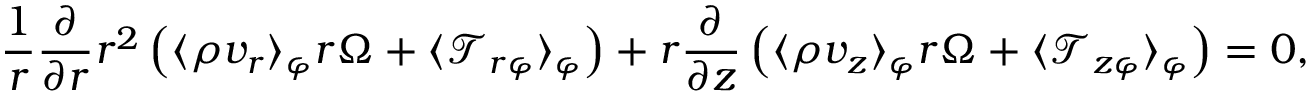
\frac { 1 } { r } \frac { \partial } { \partial r } r ^ { 2 } \left( \langle \rho v _ { r } \rangle _ { \varphi } r \Omega + \langle \mathcal { T } _ { r \varphi } \rangle _ { \varphi } \right) + r \frac { \partial } { \partial z } \left( \langle \rho v _ { z } \rangle _ { \varphi } r \Omega + \langle \mathcal { T } _ { z \varphi } \rangle _ { \varphi } \right) = 0 ,